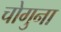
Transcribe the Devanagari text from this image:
चोगुना